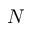
N